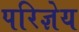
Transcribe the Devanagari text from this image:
परिज्ञेय